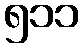
၅၁၁